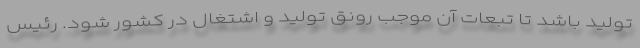
تولید باشد تا تبعات آن موجب رونق تولید و اشتغال در کشور شود. رئیس